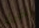
اخرى